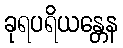
ခုရပရိယန္တေန